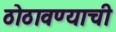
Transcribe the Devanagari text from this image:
ठोठावण्याची